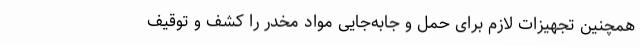
همچنین تجهیزات لازم برای حمل و جابه‌جایی مواد مخدر را کشف و توقیف